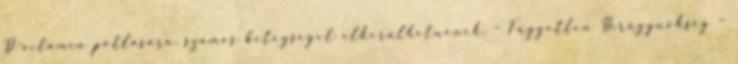
D-vitamin pótlására, számos betegséget elkerülhetnének. – Független Hírügynökség –